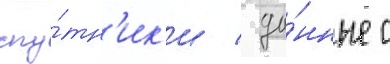
спу́тн'ик'и / да́нные с